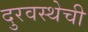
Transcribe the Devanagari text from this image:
दुरवस्थेची